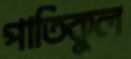
পাতিকুল